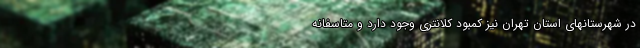
در شهرستانهای استان تهران نیز کمبود کلانتری وجود دارد و متاسفانه